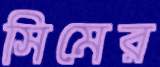
সিমের